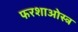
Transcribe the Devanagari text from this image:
फरशाओस्त्र